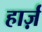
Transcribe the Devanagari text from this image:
हार्ज़